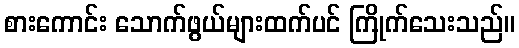
စားကောင်း သောက်ဖွယ်များထက်ပင် ကြိုက်သေးသည်။